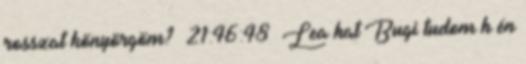
rosszat könyörgöm? 21:46:48 Lea hat Bugi tudom h én